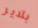
بلاير